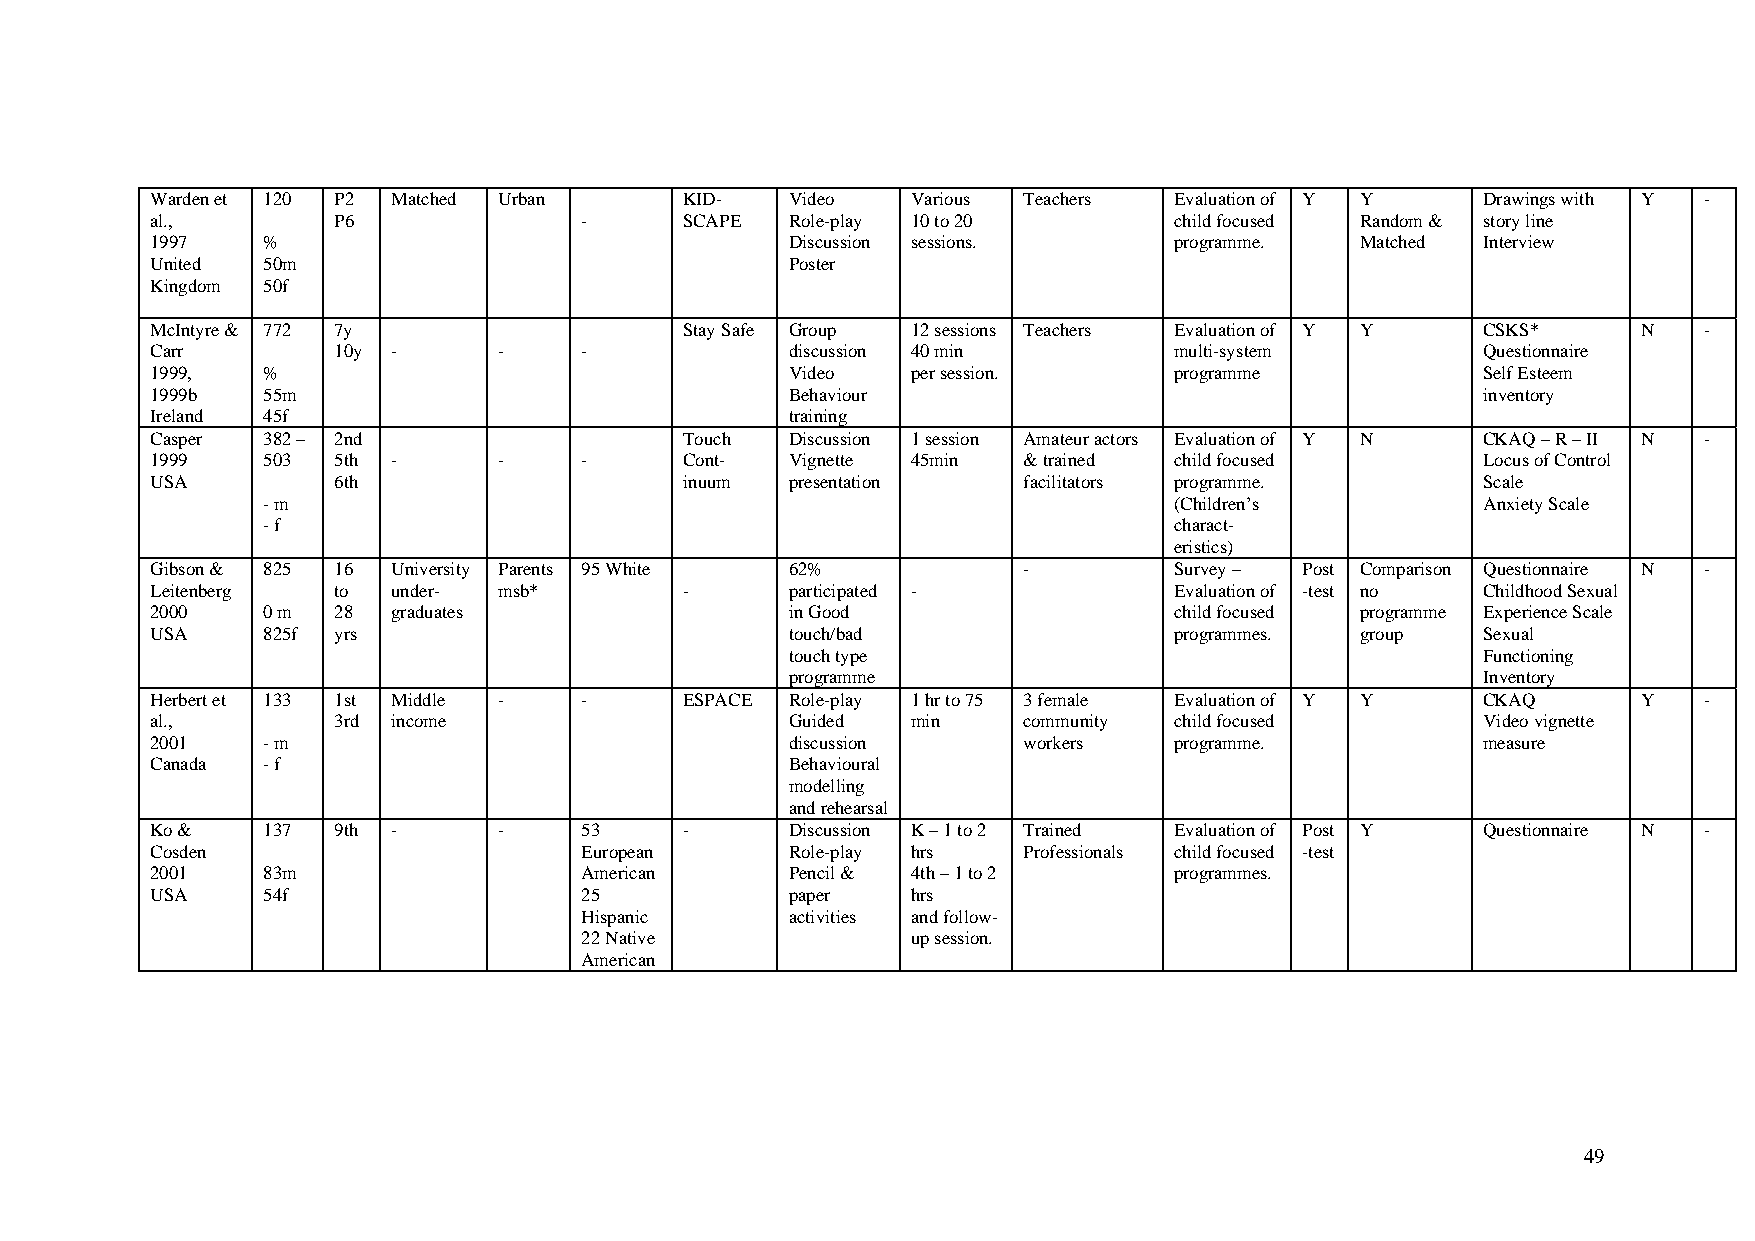
Warden et 120 P2 Matched Urban     KID-   Video   Various Teachers  Evaluation of Y Y   Drawings with Y -
 al.,        P6              -      SCAPE  Role-play 10 to 20        child focused Random & story line
 1997   %                                  Discussion sessions.      programme.  Matched Interview
 United 50m                                Poster
 Kingdom 50f
 McIntyre & 772 7y                  Stay Safe Group 12 sessions Teachers Evaluation of Y Y CSKS*    N   -
 Carr        10y -      -    -             discussion 40 min         multi-system        Questionnaire
 1999,  %                                  Video   per session.      programme           Self Esteem
 1999b  55m                                Behaviour                                     inventory
 Ireland 45f                               training
 Casper 382 – 2nd                   Touch  Discussion 1 session Amateur actors Evaluation of Y N CKAQ – R – II N -
 1999   503  5th -      -    -      Cont-  Vignette 45min  & trained child focused       Locus of Control
 USA         6th                    inuum  presentation    facilitators programme.       Scale
 - m                                                          (Children’s         Anxiety Scale
 - f                                                          charact-
 eristics)
 Gibson & 825 16 University Parents 95 White 62%           -         Survey – Post Comparison Questionnaire N -
 Leitenberg  to  under- msb*        -      participated -            Evaluation of -test no Childhood Sexual
 2000   0 m  28  graduates                 in Good                   child focused programme Experience Scale
 USA    825f yrs                           touch/bad                 programmes. group   Sexual
 touch type                                    Functioning
 programme                                     Inventory
 Herbert et 133 1st Middle - -      ESPACE Role-play 1 hr to 75 3 female Evaluation of Y Y CKAQ     Y   -
 al.,        3rd income                    Guided  min     community child focused       Video vignette
 2001   - m                                discussion      workers   programme.          measure
 Canada - f                                Behavioural
 modelling
 and rehearsal
 Ko &   137  9th -      -    53     -      Discussion K – 1 to 2 Trained Evaluation of Post Y Questionnaire N -
 Cosden                      European      Role-play hrs   Professionals child focused -test
 2001   83m                  American      Pencil & 4th – 1 to 2     programmes.
 USA    54f                  25            paper   hrs
 Hispanic      activities and follow-
 22 Native             up session.
 American
 49